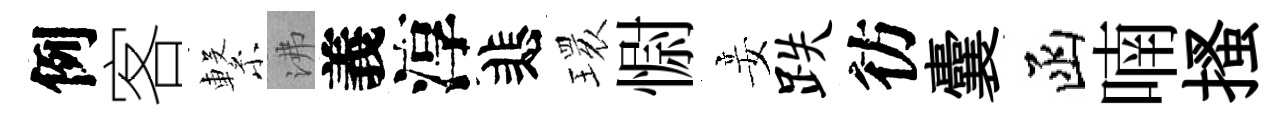
例客繋沸義淳悲𤨔𢠢妾跌彷囊函喃搔